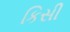
કિસી